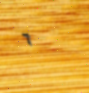
٦